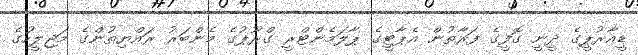
ޑީއާރުޕީގެ ދީނީ ގޮފީގެ ފަރާތުން އެޕާޓީގެ ޕާލަމެންޓްރީ ގްރޫޕުގެ މެންބަރު ރައްޔިތުންގެ މަޖިލީހުގެ